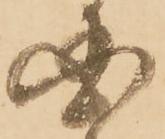
国